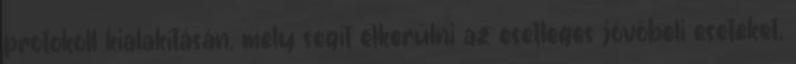
protokoll kialakításán, mely segít elkerülni az esetleges jövőbeli eseteket.